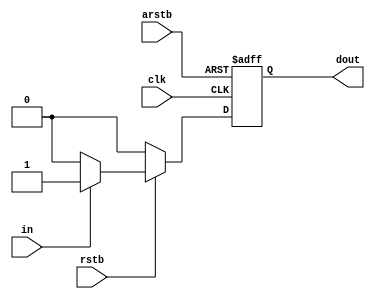
//////////////////////////////////////////
//	Dflipflop				//
//	Update : 2020.12.27		//
//////////////////////////////////////////

`timescale 1ns/1fs
module dff(
	input	  wire	clk,	
    input     wire  arstb,	
    input     wire  rstb,	
    input	  wire  in,	

	output	  reg	dout	// Data output
	);




    always @(posedge clk or negedge arstb) begin
		if(!arstb) begin 
            dout <= 1'b0;
        end
        else if (!rstb) begin
            dout <= 1'b0;
        end
        else begin
            if(in == 1'b1) begin
				dout <=  1'b1 ;
		    end
            else begin
                dout <=  1'b0 ;
        	end
		end
    end
endmodule